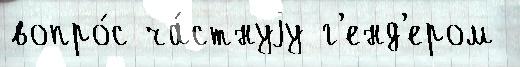
вопро́с ча́стнуjу г'енд'ером